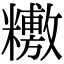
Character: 𥼼